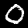
Digit: 0